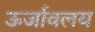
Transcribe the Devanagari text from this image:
ऊर्जावलय